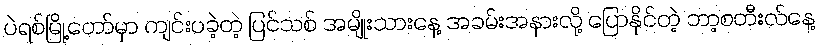
ပဲရစ်မြို့တော်မှာ ကျင်းပခဲ့တဲ့ ပြင်သစ် အမျိုးသားနေ့ အခမ်းအနားလို့ ပြောနိုင်တဲ့ ဘာ့စတီးလ်နေ့